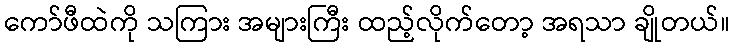
ကော်ဖီထဲကို သကြား အများကြီး ထည့်လိုက်တော့ အရသာ ချိုတယ်။